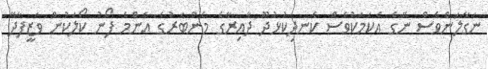
ނަގާލަންވެސް ނޭގެ އެކަމަކުވެސް ކެނދިކުޅުދޫ ދާއިރާގެ މެންބަރުގެ އެންމެ ފޯނު ކޯލަކުން ވަޒީފާދޭ